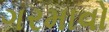
ગરમાવો